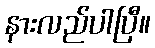
နားလည်ပါပြီ။